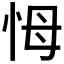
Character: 𢘃